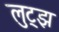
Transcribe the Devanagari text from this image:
लुट्झ